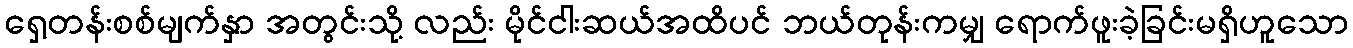
ရှေ့တန်းစစ်မျက်နှာ အတွင်းသို့ လည်း မိုင်ငါးဆယ်အထိပင် ဘယ်တုန်းကမျှ ရောက်ဖူးခဲ့ခြင်းမရှိဟူသော